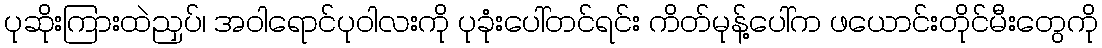
ပုဆိုးကြားထဲညှပ်၊ အဝါရောင်ပုဝါလးကို ပုခုံးပေါ်တင်ရင်း ကိတ်မုန့်ပေါ်က ဖယောင်းတိုင်မီးတွေကို